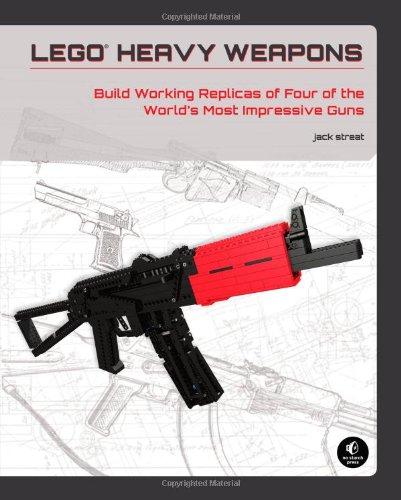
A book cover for LEGO Heavy Weapons: Build Working Replicas of Four of the World's Most Impressive Guns; Jack Streat; Crafts, Hobbies & Home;